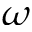
\omega